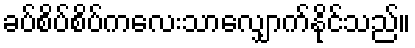
ခပ်စိပ်စိပ်ကလေးသာလျှောက်နိုင်သည်။